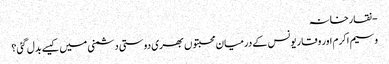
- نقارخانہ
وسیم اکرم اور وقار یونس کے درمیان محبتوں بھری دوستی دشمنی میں کیسے بدل گئی؟